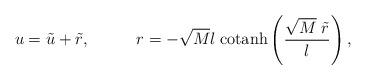
LaTeX: \begin{align*}u=\tilde{u}+\tilde{r},\;\;\;\;\;\;\;\;\;\;r=-\sqrt{M}l\;\mbox{cotanh}\left(\frac{\sqrt{M}\;\tilde{r}}{l}\right),\end{align*}